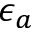
\epsilon _ { a }